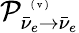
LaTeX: \mathcal{P}_{\bar{{\nu}}_{e}\to\bar{{\nu}}_{e}}^{\mathrm{{~\tiny~(~v~)~}}}